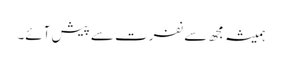
ہمیشہ مجھ سے نفرت سے پیش آئے۔